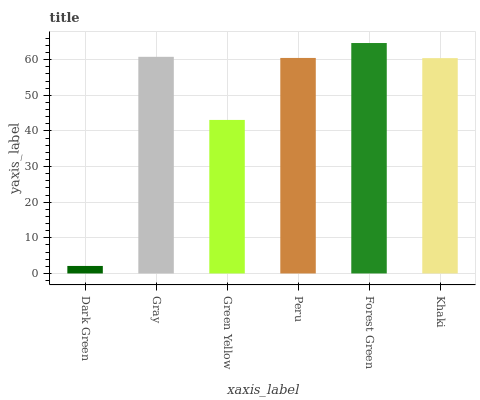
| xaxis_label | bars |
 | --- | --- |
 | Dark Green | 2.11 |
 | Gray | 60.8 |
 | Green Yellow | 43.1 |
 | Peru | 60.5 |
 | Forest Green | 64.7 |
 | Khaki | 60.4 |